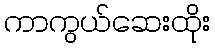
ကာကွယ်ဆေးထိုး